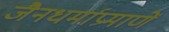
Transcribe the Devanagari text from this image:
जैनधर्माप्रमाणें